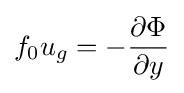
{f_{0}}{u_{g}}=-{\partial \Phi  \over \partial y}